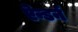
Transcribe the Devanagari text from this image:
ऎन्डर्न